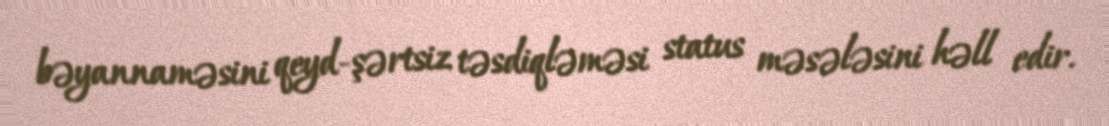
bəyannaməsini qeyd-şərtsiz təsdiqləməsi status məsələsini həll edir.